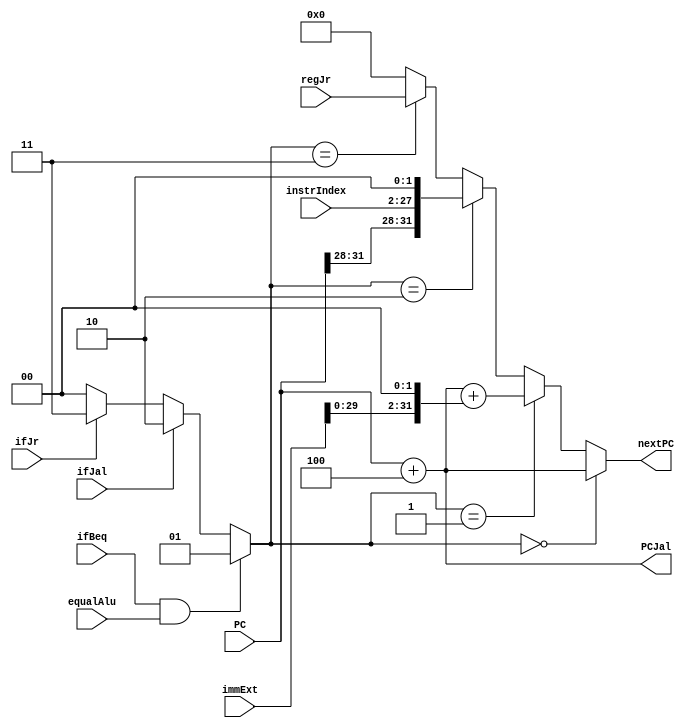
`timescale 1ns / 1ps
//////////////////////////////////////////////////////////////////////////////////
// Company: 
// Engineer: 
// 
// Design Name: 
// Module Name:    NPC 
// Project Name: 
// Target Devices: 
// Tool versions: 
// Description: 
//
// Dependencies: 
//
// Revision: 
// Revision 0.01 - File Created
// Additional Comments: 
//
//////////////////////////////////////////////////////////////////////////////////
module NPC(
    input [31:0] PC,
    input [31:0] immExt,
    output [31:0] PCJal,
    output [31:0] nextPC,
	 input [25:0] instrIndex,
	 input [31:0] regJr,
    input ifBeq,
	 input ifJal,
	 input equalAlu,
	 input ifJr
    );
	
	wire [1:0]op;
	
	assign op = 	((ifBeq==1'b1)&&(equalAlu==1'b1))?2'd1: //PC+4+imm
						(ifJal==1'b1)?2'd2: //pc||instrIndex||00
						(ifJr==1'b1)?2'd3:
						2'b0;//PC+4
	assign PCJal = PC + 32'd4;//PC+4
	assign nextPC = 	(op==2'd0)?PC+32'd4:
							(op==2'd1)?PC+32'd4+(immExt<<2):
							(op==2'd2)?{PC[31:28],instrIndex,2'b0}:
							(op==2'd3)?regJr:
							0;
	
endmodule